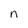
Character: n